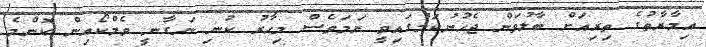
އިމާރާތުގެ ތިރިއަަށް ބާލުވަން ޖެހުނުކަމުގައިވީ ނަމަވެސް މިހާރު ކުނި ނަގާނީ ވެމްކޯއިން ކޮންމެ